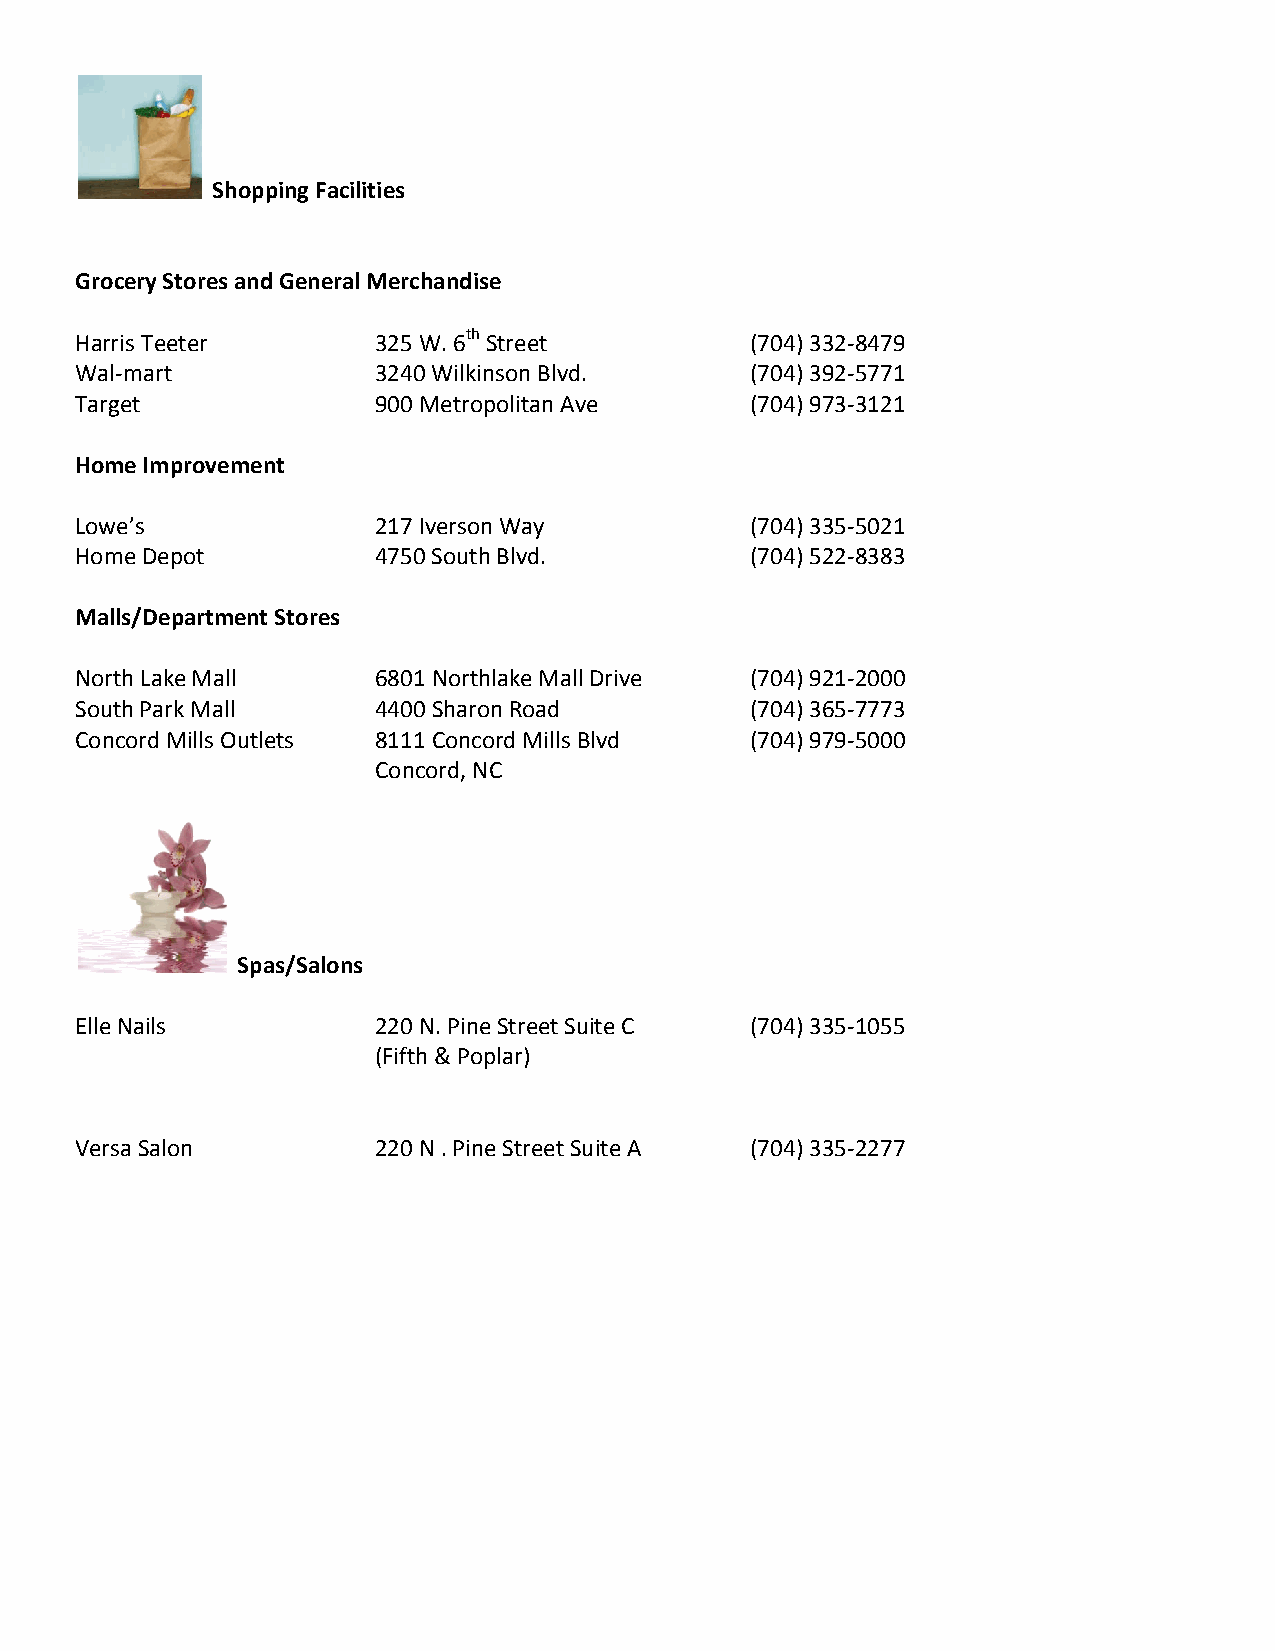
Shopping Facilities
 Grocery Stores and General Merchandise
 Harris Teeter       325 W. 6th Street        (704) 332-8479
 Wal-mart            3240 Wilkinson Blvd.     (704) 392-5771
 Target              900 Metropolitan Ave     (704) 973-3121
 Home Improvement
 Lowe’s              217 Iverson Way          (704) 335-5021
 Home Depot          4750 South Blvd.         (704) 522-8383
 Malls/Department Stores
 North Lake Mall     6801 Northlake Mall Drive (704) 921-2000
 South Park Mall     4400 Sharon Road         (704) 365-7773
 Concord Mills Outlets 8111 Concord Mills Blvd (704) 979-5000
 Concord, NC
 Spas/Salons
 Elle Nails          220 N. Pine Street Suite C (704) 335-1055
 (Fifth & Poplar)
 Versa Salon         220 N . Pine Street Suite A (704) 335-2277